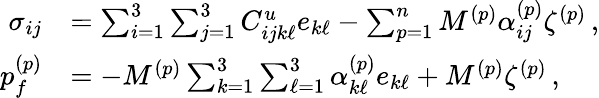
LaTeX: \begin{array}{rl}{\sigma_{ij}}&{=\sum_{i=1}^{3}\sum_{j=1}^{3}C_{ijk\ell}^{u}e_{k\ell}-\sum_{p=1}^{n}M^{(p)}\alpha_{ij}^{(p)}\zeta^{(p)}\, ,}\\ {p_{f}^{(p)}}&{=-M^{(p)}\sum_{k=1}^{3}\sum_{\ell=1}^{3}\alpha_{k\ell}^{(p)}e_{k\ell}+M^{(p)}\zeta^{(p)}\, ,}\end{array}